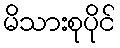
မိသားစုပိုင်